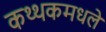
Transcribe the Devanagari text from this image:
कथ्थकमधले